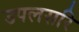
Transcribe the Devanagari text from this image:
उपलसरि